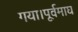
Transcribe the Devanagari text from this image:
गया।पूर्वमाघ